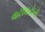
વાટાઘાટોનો